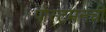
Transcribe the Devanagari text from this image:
पोस्टमनची